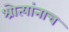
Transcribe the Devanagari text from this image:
श्रोत्यांनाच